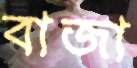
বাজা